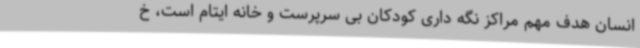
انسان هدف مهم مراکز نگه داری کودکان بی سرپرست و خانه ایتام است، خ